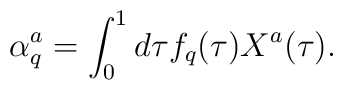
\alpha^a_q = \int^1_0 d\tau f_q(\tau) X^a(\tau).